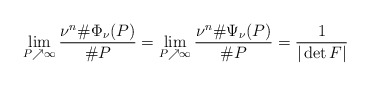
\begin{align*} \lim_{P \nearrow \infty} \frac{\nu^n \# \Phi_{\nu}(P)}{\# P} = \lim_{P \nearrow \infty} \frac{\nu^n \# \Psi_{\nu}(P)}{\# P} = \frac{1}{|\det F|}\end{align*}